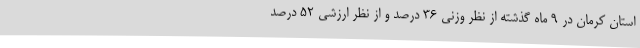
استان کرمان در 9 ماه گذشته از نظر وزنی 36 درصد و از نظر ارزشی 52 درصد